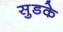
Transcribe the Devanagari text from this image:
सुडके